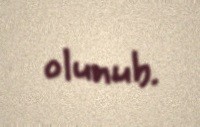
olunub.